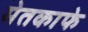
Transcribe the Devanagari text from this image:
मेतकाफे